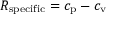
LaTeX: R _ { \mathrm { { s p e c i f i c } } } = c _ { \mathrm { { p } } } - c _ { \mathrm { { v } } }